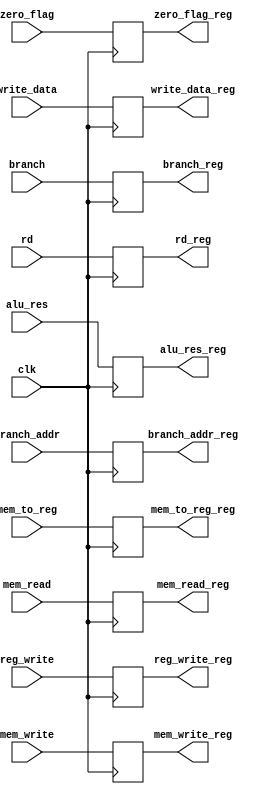
// 32-bits branch address
// 1-bit zero flag
// 32-bits ALU result/address
// 32-bits register value to write to memory
// 5-bits Rd field (writeReg)
// 2-bits WB control signals => mem_to_reg, reg_write
// 3-bits MEM control signals => branch, mem_read, mem_write
module EXMEM(clk, branch_addr, zero_flag, alu_res, write_data,
	mem_to_reg, reg_write, rd, mem_read, mem_write, branch,

	branch_addr_reg, zero_flag_reg, alu_res_reg,
	write_data_reg, mem_to_reg_reg, reg_write_reg,
	rd_reg, mem_read_reg, mem_write_reg, branch_reg);

input [31:0] branch_addr, alu_res, write_data;
input [4:0] rd;
input clk, zero_flag, mem_to_reg, reg_write, mem_read, mem_write, branch;

output reg [31:0] branch_addr_reg, alu_res_reg, write_data_reg;
output reg [4:0] rd_reg;
output reg zero_flag_reg, mem_to_reg_reg, reg_write_reg, mem_read_reg, mem_write_reg, branch_reg;

always @ (posedge clk)
begin
	// what about stalling?
	branch_addr_reg <= branch_addr;
	alu_res_reg <= alu_res;
	write_data_reg <= write_data;
	rd_reg <= rd;
	zero_flag_reg <= zero_flag;
	mem_to_reg_reg <= mem_to_reg;
	reg_write_reg <= reg_write;
	mem_read_reg <= mem_read;
	mem_write_reg <= mem_write;
	branch_reg <= branch;
end

endmodule